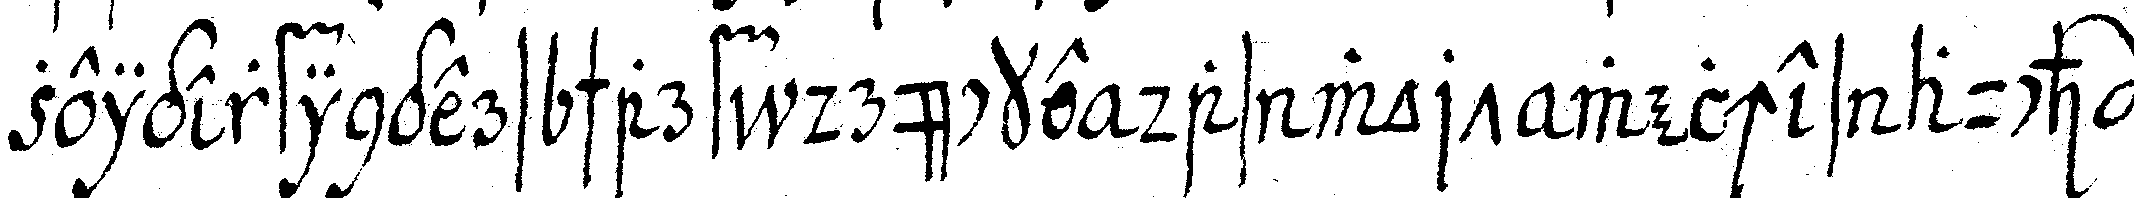
zeigerfingers scharf drücke das wort welches auch